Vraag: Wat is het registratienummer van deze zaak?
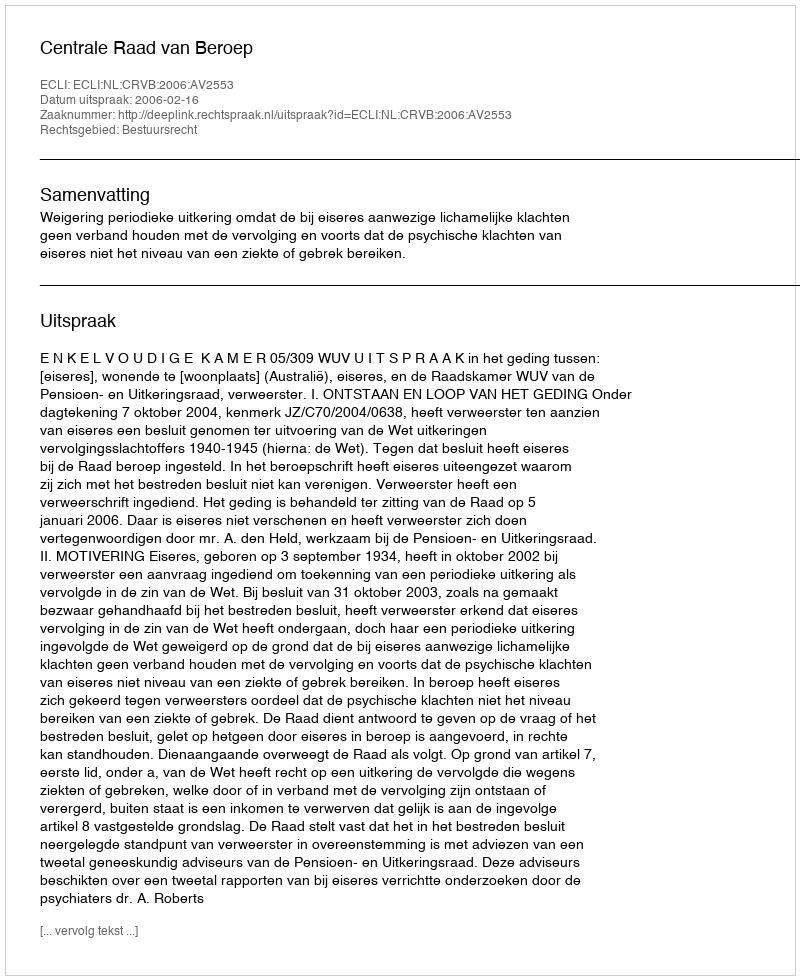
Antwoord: http://deeplink.rechtspraak.nl/uitspraak?id=ECLI:NL:CRVB:2006:AV2553